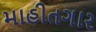
માહીતગાર